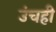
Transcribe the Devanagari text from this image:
उंचही